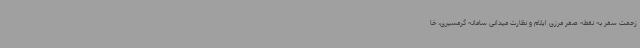
زحمت سفر به نقطه صفر مرزی ایلام و نظارت میدانی سامانه گرمسیری، خا